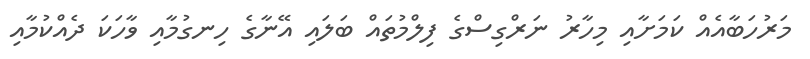
މަރުހަބާއެއް ކަމަށާއި މިހާރު ނަރްގިސްގެ ފިލްމުތައް ބަލައި އޭނާގެ ހިނގުމާއި ވާހަކަ ދެއްކުމާއި